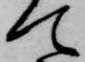
て